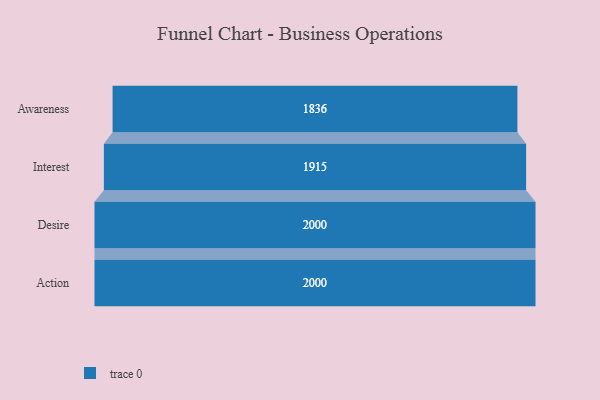
{"axis": {"x": "Stage", "y": "Value"}, "legend": [""], "data": [{"x": "Awareness", "y": 1836.0, "type": ""}, {"x": "Interest", "y": 1915.0, "type": ""}, {"x": "Desire", "y": 2000, "type": ""}, {"x": "Action", "y": 2000, "type": ""}]}